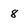
Character: 8